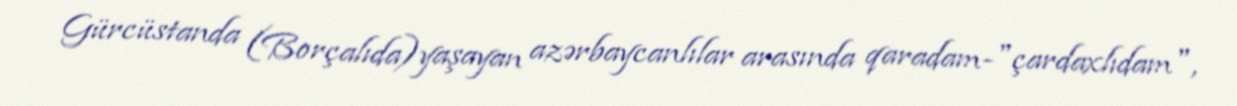
Gürcüstanda (Borçalıda)yaşayan azərbaycanlılar arasında qaradam-"çardaxlıdam",